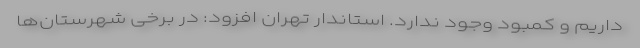
داریم و کمبود وجود ندارد. استاندار تهران افزود: در برخی شهرستان‌ها